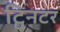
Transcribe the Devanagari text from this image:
ट्विनटर